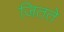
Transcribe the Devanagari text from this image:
जितते